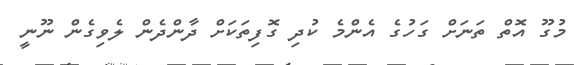
މުގޫ އޮތް ތަނަށް ގަހުގެ އެންމެ ކުދި ގޮފިތަކަށް ދާންދެން ލެވިގެން ނޫނީ